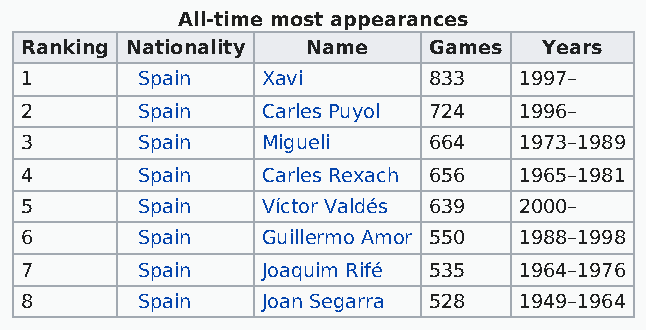
All-time most appearances
 Ranking Nationality Name   Games   Years
 1       Spain   Xavi       833   1997–
 2       Spain   Carles Puyol 724 1996–
 3       Spain   Migueli    664   1973–1989
 4       Spain   Carles Rexach 656 1965–1981
 5       Spain   Víctor Valdés 639 2000–
 6       Spain   Guillermo Amor 550 1988–1998
 7       Spain   Joaquim Rifé 535 1964–1976
 8       Spain   Joan Segarra 528 1949–1964